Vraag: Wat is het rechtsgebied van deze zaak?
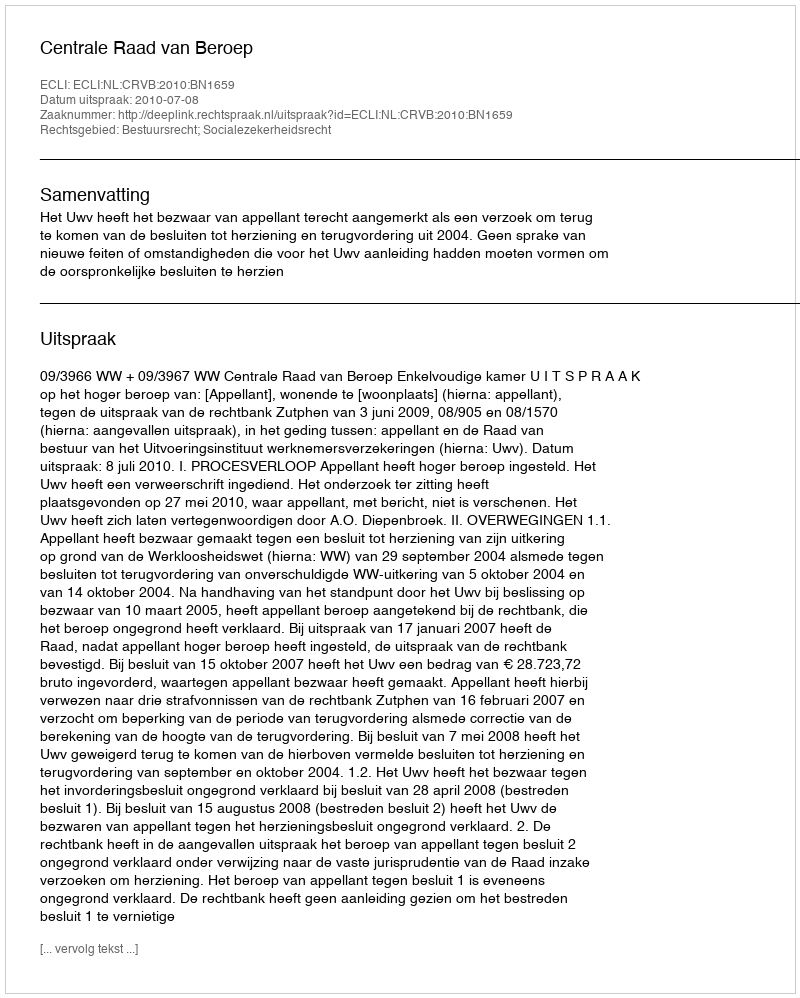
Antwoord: Bestuursrecht; Socialezekerheidsrecht